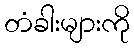
တံခါးများကို